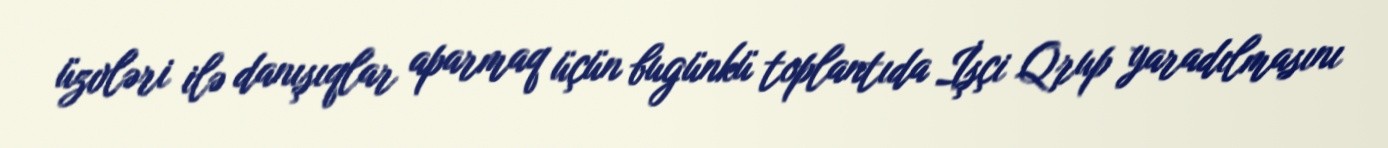
üzvləri ilə danışıqlar aparmaq üçün bugünkü toplantıda İşçi Qrup yaradılmasını